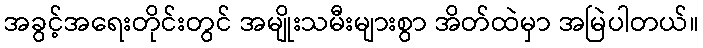
အခွင့်အရေးတိုင်းတွင် အမျိုးသမီးများစွာ အိတ်ထဲမှာ အမြဲပါတယ်။